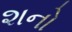
શનો